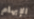
الإبهام